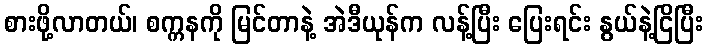
စားဖို့လာတယ်၊ စက္ကနကို မြင်တာနဲ့ အဲဒီယုန်က လန့်ပြီး ပြေးရင်း နွယ်နဲ့ငြိပြီး